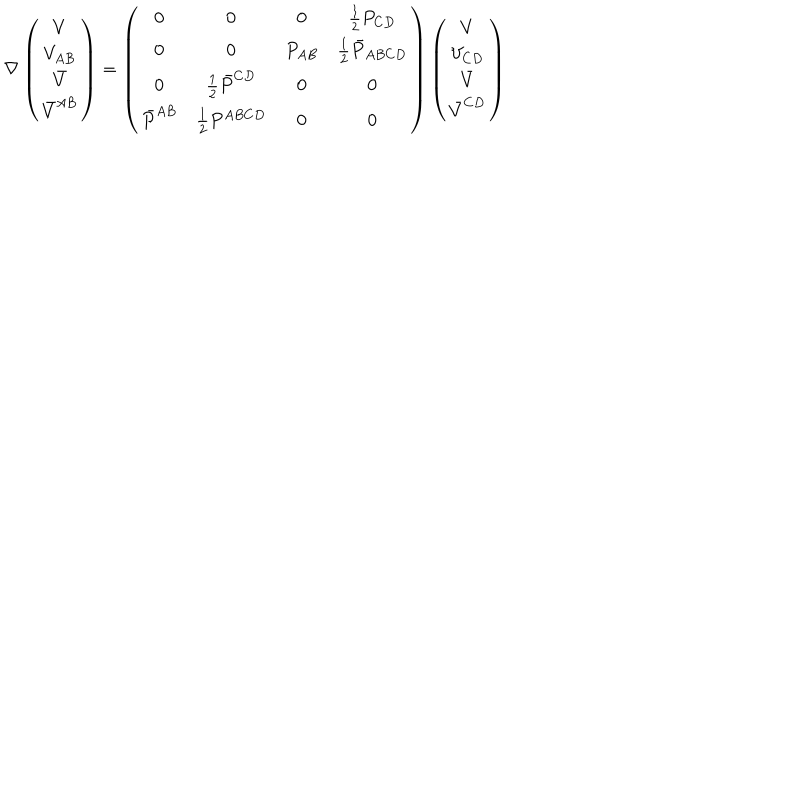
\nabla \left( \begin{matrix} { { V } } \\ { { V _ { A B } } } \\ { { \bar { V } } } \\ { { \bar { V } ^ { A B } } } \\ \end{matrix} \right) = \left( \begin{matrix} { { 0 } } & { { 0 } } & { { 0 } } & { { { \frac { 1 } { 2 } } P _ { C D } } } \\ { { 0 } } & { { 0 } } & { { P _ { A B } } } & { { { \frac { 1 } { 2 } } \bar { P } _ { A B C D } } } \\ { { 0 } } & { { { \frac { 1 } { 2 } } \bar { P } ^ { C D } } } & { { 0 } } & { { 0 } } \\ { { \bar { P } ^ { A B } } } & { { { \frac { 1 } { 2 } } P ^ { A B C D } } } & { { 0 } } & { { 0 } } \\ \end{matrix} \right) \left( \begin{matrix} { { V } } \\ { { V _ { C D } } } \\ { { \bar { V } } } \\ { { \bar { V } ^ { C D } } } \\ \end{matrix} \right)